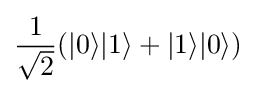
{\frac {1}{\sqrt {2}}}(|0\rangle |1\rangle +|1\rangle |0\rangle )